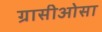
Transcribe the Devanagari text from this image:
ग्रासीओसा